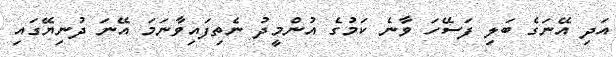
އަދި އޭނަގެ ބަލި ފަސޭހަ ވާނެ ކަމުގެ އުންމީދު ނެތިފައިވާނަމަ އޭނަ ދުނިޔޭގައި